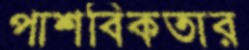
পাশবিকতার